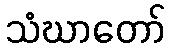
သံဃာတော်